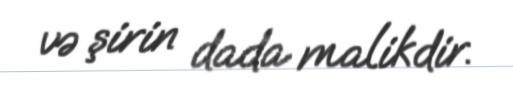
və şirin dada malikdir.